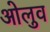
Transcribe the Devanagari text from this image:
ओलुव